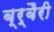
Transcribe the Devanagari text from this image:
ब्र्बैरी